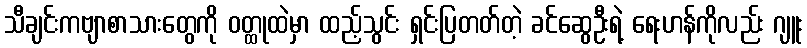
သီချင်းကဗျာစာသားတွေကို ဝတ္ထုထဲမှာ ထည့်သွင်း ရှင်းပြတတ်တဲ့ ခင်ဆွေဦးရဲ့ ရေးဟန်ကိုလည်း ဂျူး